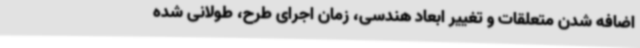
اضافه شدن متعلقات و تغییر ابعاد هندسی، زمان اجرای طرح، طولانی شده